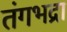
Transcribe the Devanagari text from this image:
तंगभद्रा